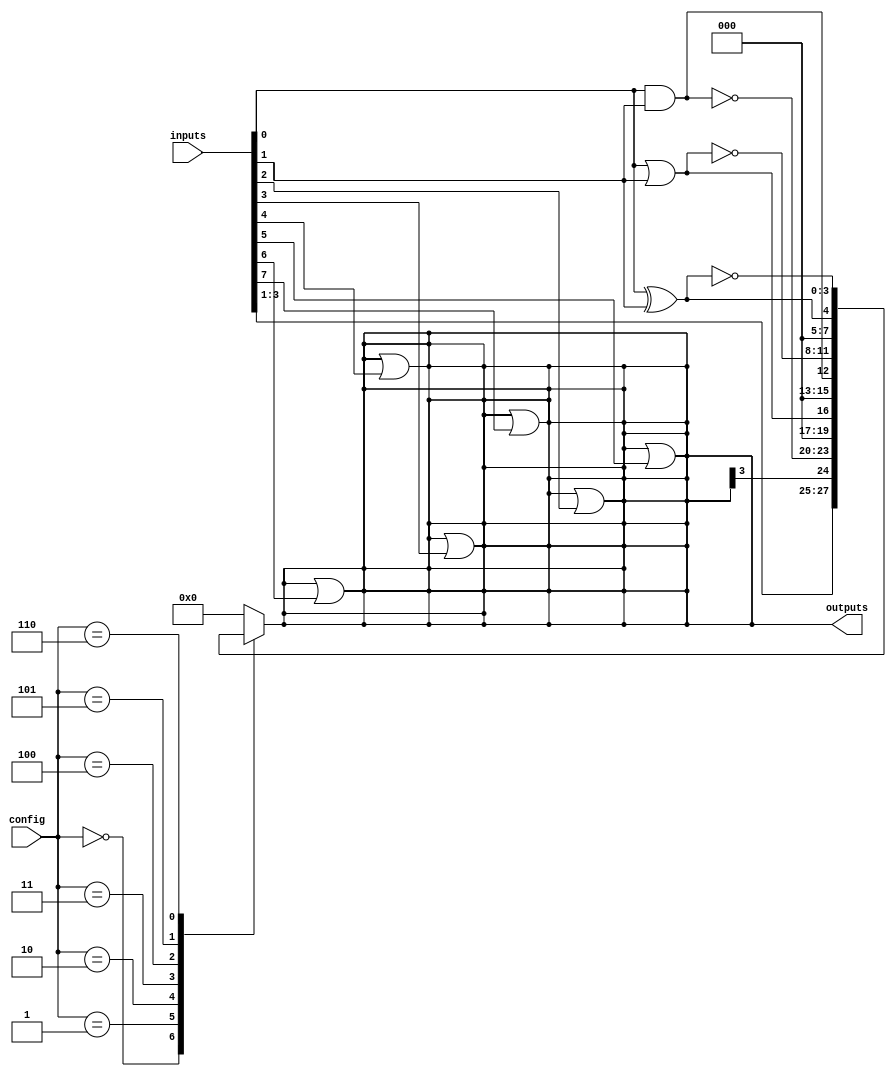
module combinational_logic_block #(
    parameter N = 8, // Number of input lines
    parameter M = 4  // Number of output lines
)(
    input  wire [N-1:0]  inputs,      // Input signals
    input  wire [3:0]    config,      // Configuration input to select logic functions
    output reg  [M-1:0]  outputs      // Output signals
);

// Define internal logic signals
wire [N-1:0] internal_signals;

// Logic Functions: Select based on configuration input
always @(*) begin
    case (config)
        4'b0000: outputs = internal_signals;                          // Pass-through
        4'b0001: outputs = ~(inputs[0] & inputs[1]);                // NAND
        4'b0010: outputs = inputs[0] | inputs[1];                   // OR
        4'b0011: outputs = inputs[0] & inputs[1];                   // AND
        4'b0100: outputs = ~(inputs[0] | inputs[1]);                // NOR
        4'b0101: outputs = inputs[0] ^ inputs[1];                   // XOR
        4'b0110: outputs = ~(inputs[0] ^ inputs[1]);                // XNOR
        // Add more combinations as needed
        default: outputs = 0;
    endcase
end

// Example of scalable design for additional inputs
generate
    genvar i;
    for (i = 2; i < N; i = i + 1) begin : additional_logic
        always @(*) begin
            // Example: Include additional logic based on more inputs
            outputs = outputs | inputs[i]; // Modify based on specific needs
        end
    end
endgenerate

// Include test points for signal monitoring
// Here we use an additional output that mirrors an internal signal for debugging
assign internal_signals = {inputs[N-1:1], outputs[M-1]};

endmodule